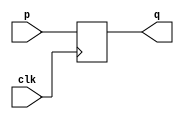
`timescale 1ns / 1ps
//////////////////////////////////////////////////////////////////////////////////
// Company: 
// Engineer: 
// 
// Design Name: 
// Module Name: Blocking
// Project Name: 
// Target Devices: 
// Tool Versions: 
// Description: 
// 
// Dependencies: 
// 
// Revision:
// Revision 0.01 - File Created
// Additional Comments:
// 
//////////////////////////////////////////////////////////////////////////////////


module Blocking(
input p,clk,
output reg q);
   
reg D1;
always@(posedge clk)
begin
D1 = p;
q = D1;
end
endmodule